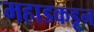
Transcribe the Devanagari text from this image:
महाडकडून